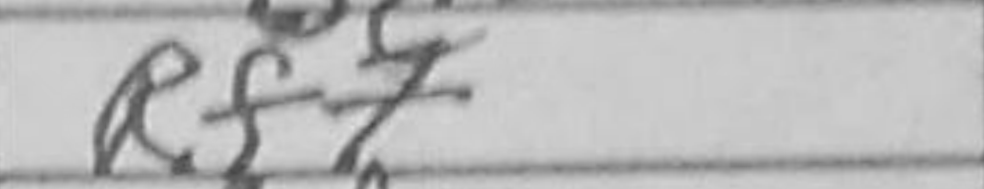
Transcription: Rf7